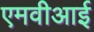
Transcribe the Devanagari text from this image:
एमवीआई